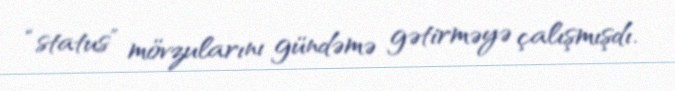
“status” mövzularını gündəmə gətirməyə çalışmışdı.